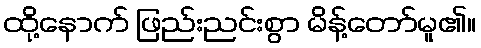
ထို့နောက် ဖြည်းညင်းစွာ မိန့်တော်မူ၏။